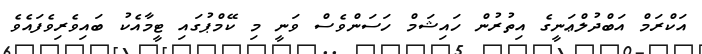
އަކްރަމް އަބްދުލްޢަނީގެ އިތުރުން ހައިޝަމް ހަސަންވެސް ވަނީ މި ކޭމްޕުގައި ޓީމާއެކު ބައިވެރިވެފައެވެ